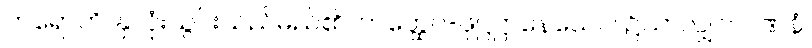
ကရောတိ၊ နှလုံးသွင်းသည်မည်၏။ တတ္ထေဝ-ဖုဋ္ဌဋ္ဌာနေယေဝ၊ ၌သာလျှင်။ ဂဏနံ၊